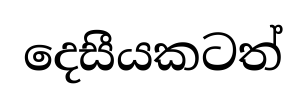
දෙසීයකටත්